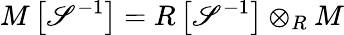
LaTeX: M\left[\mathscr{S}^{-1}\right]=R\left[\mathscr{S}^{-1}\right]\otimes_{R}M